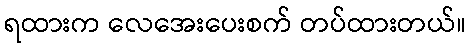
ရထားက လေအေးပေးစက် တပ်ထားတယ်။